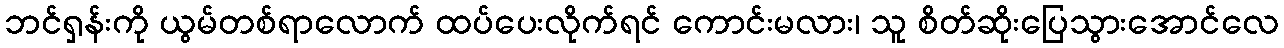
ဘင်ရှန်းကို ယွမ်တစ်ရာလောက် ထပ်ပေးလိုက်ရင် ကောင်းမလား၊ သူ စိတ်ဆိုးပြေသွားအောင်လေ